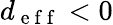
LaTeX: d_{\mathrm{~e~f~f~}}<0